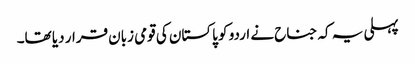
پہلی یہ کہ جناح نے اردو کو پاکستان کی قومی زبان قرار دیا تھا۔